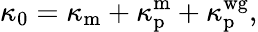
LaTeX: \kappa_{0}=\kappa_{\mathrm{m}}+\kappa_{\mathrm{p}}^{\mathrm{m}}+\kappa_{\mathrm{p}}^{\mathrm{wg}},